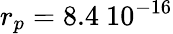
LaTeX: r_{p}=8.4~10^{-16}